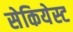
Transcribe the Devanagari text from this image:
सेकियेस्ट